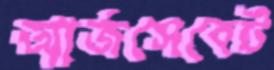
আর্জসেবেট